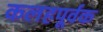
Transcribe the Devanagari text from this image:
कलहपूर्वक